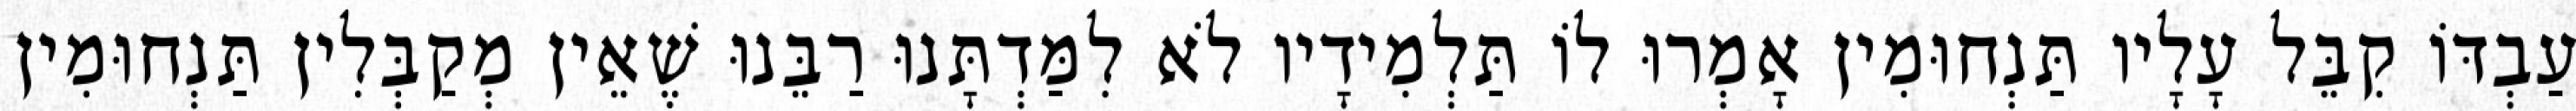
עַבְדּוֹ קִבֵּל עָלָיו תַּנְחוּמִין אָמְרוּ לוֹ תַּלְמִידָיו לֹא לִמַּדְתָּנוּ רַבֵּנוּ שֶׁאֵין מְקַבְּלִין תַּנְחוּמִין